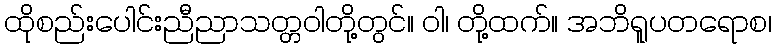
ထိုစည်းပေါင်းညီညာသတ္တဝါတို့တွင်။ ဝါ၊ တို့ထက်။ အဘိရူပတရောစ၊